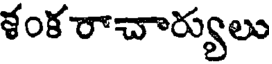
ళంక రాచార్యులు